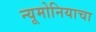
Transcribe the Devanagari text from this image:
न्यूमोनियाचा